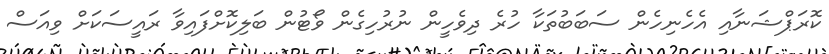
ކޮރަޕްޝަނާއި އެހެނިހެން ސަބަބުތަކާ ހުރެ ދިވެހީން ނުރުހިގެން ވޯޓުން ބަލިކޮށްފައިވާ ރައީސަކަށް ވިއަސް